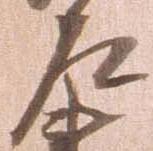
左